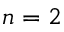
n = 2